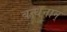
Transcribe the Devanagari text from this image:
बन्‍धनान्